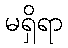
မရှိရာ